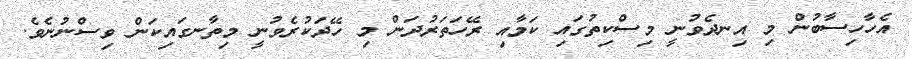
އެހާހިސާބުން މި އިނދެވުނީ މިސްކިތުގައި ކަމާއި ރޭހަތަރުދަން މި ހޭދަކުރެވުނީ މިތާނގައިކަން ވިސްނުނެވެ.